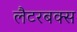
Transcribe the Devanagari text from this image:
लैटरबक्स